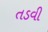
તડવી